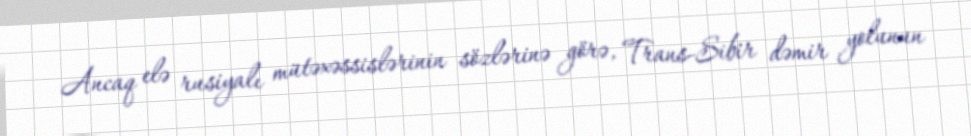
Ancaq elə rusiyalı mütəxəssislərinin sözlərinə görə, Trans-Sibir dəmir yolunun